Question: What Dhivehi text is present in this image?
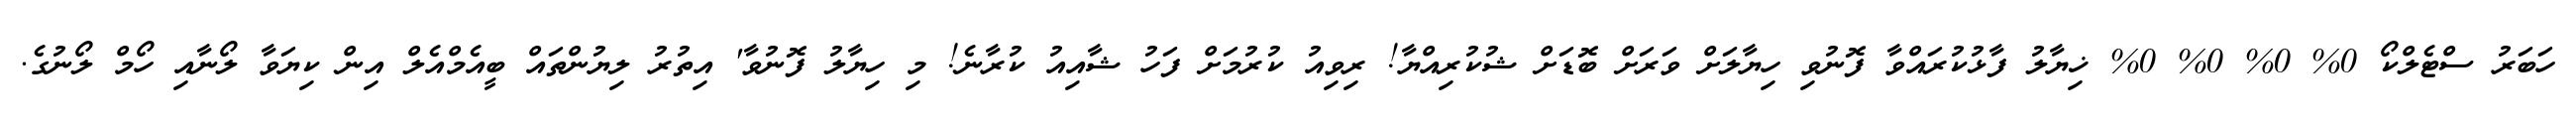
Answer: ހަބަރު ސްޓެލްކޯ 0% 0% 0% 0% ޚިޔާލު ފާޅުކުރައްވާ ފޮނުވި ހިޔާލަށް ވަރަށް ބޮޑަށް ޝުކުރިއްޔާ! ރިވިއު ކުރުމަށް ފަހު ޝާއިއު ކުރާނެ! މި ހިޔާލު ފޮނުވާ' އިތުރު ލިޔުންތައް ބީއެމްއެލް އިން ކިޔަވާ ލޯނާއި ހޯމް ލޯނުގެ.